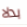
بدلا